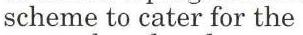
scheme to cater for the